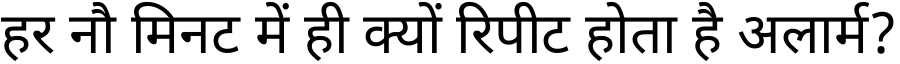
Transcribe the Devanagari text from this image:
हर नौ मिनट में ही क्यों रिपीट होता है अलार्म?